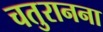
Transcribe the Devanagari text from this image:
चतुरानना